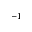
^ { - 1 }